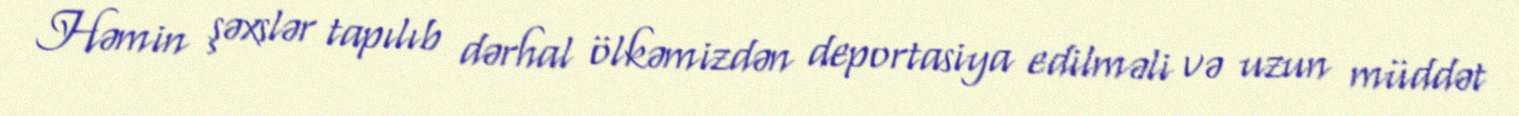
Həmin şəxslər tapılıb dərhal ölkəmizdən deportasiya edilməli və uzun müddət